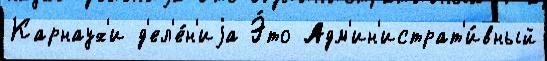
Карнаух'и д'ел'е́н'иjа Э́то Адм'ин'истрат'и́вный